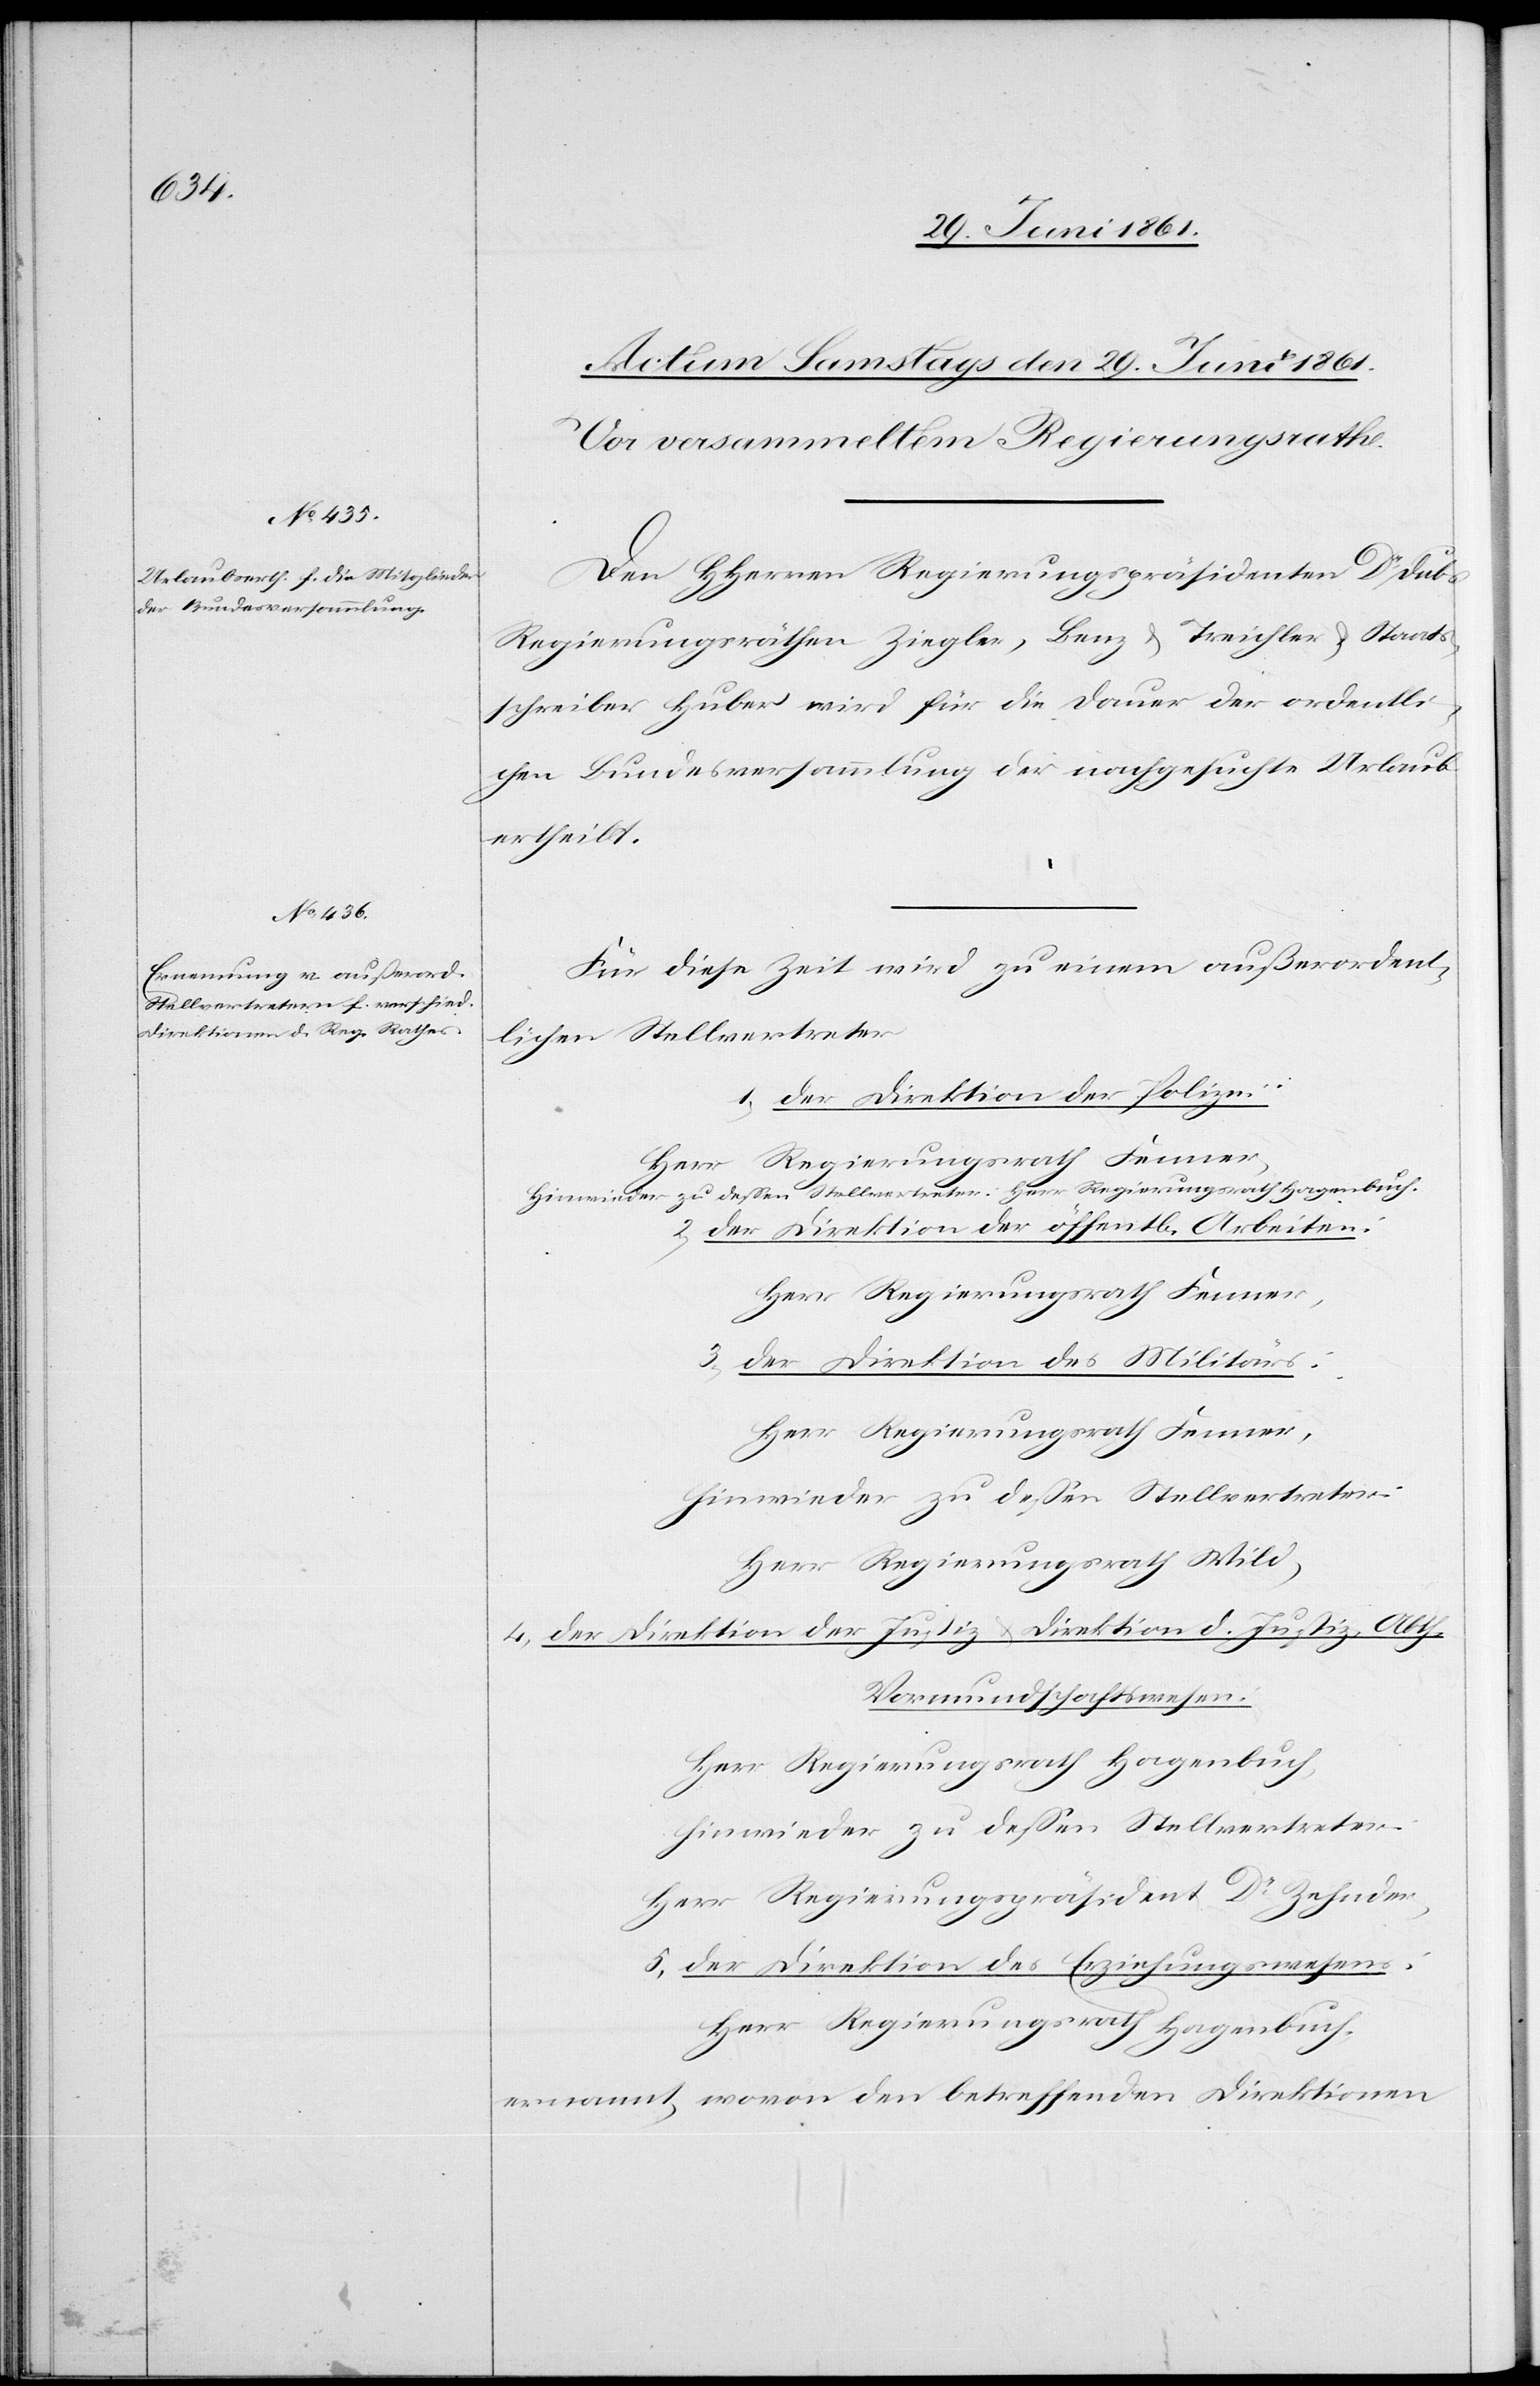
Den HHerren Regierungspräsidenten Dr. Dubs[,]
Regierungsräthe Ziegler, Benz u. Treichler u. Staats¬
schreiber Huber wird für die Dauer der ordentli¬
chen Bundesversammlung der nachgesuchte Urlaub
ertheilt.
Für diese Zeit wird zu einem außerordent¬
lichen Stellvertreter
1) Der Direktion der Polizei:
Herr Regierungsrath Fenner.
2) Der Direktion der öffent[lichen] Arbeiten:
Herr Regierungsrath Fenner.
Der Direktion des Militärs:
Herr Regierungsrath Fenner,
hinwieder zu dessen Stellvertreter:
Herr Regierungsrath Wild,
4) Der Direktion der Justiz u. Direktion d. Justiz [sic!], Abth.
Vormundschaftswesen:
Herr Regierungsrath Hagenbuch,
hinwieder zu dessen Stellvertreter:
Herr Regierungspräsident Dr. Zehnder,
5) Der Direktion des Erziehungswesens:
Herr Regierungsrath Hagenbuch
ernannt wovon den betreffenden Direktionen